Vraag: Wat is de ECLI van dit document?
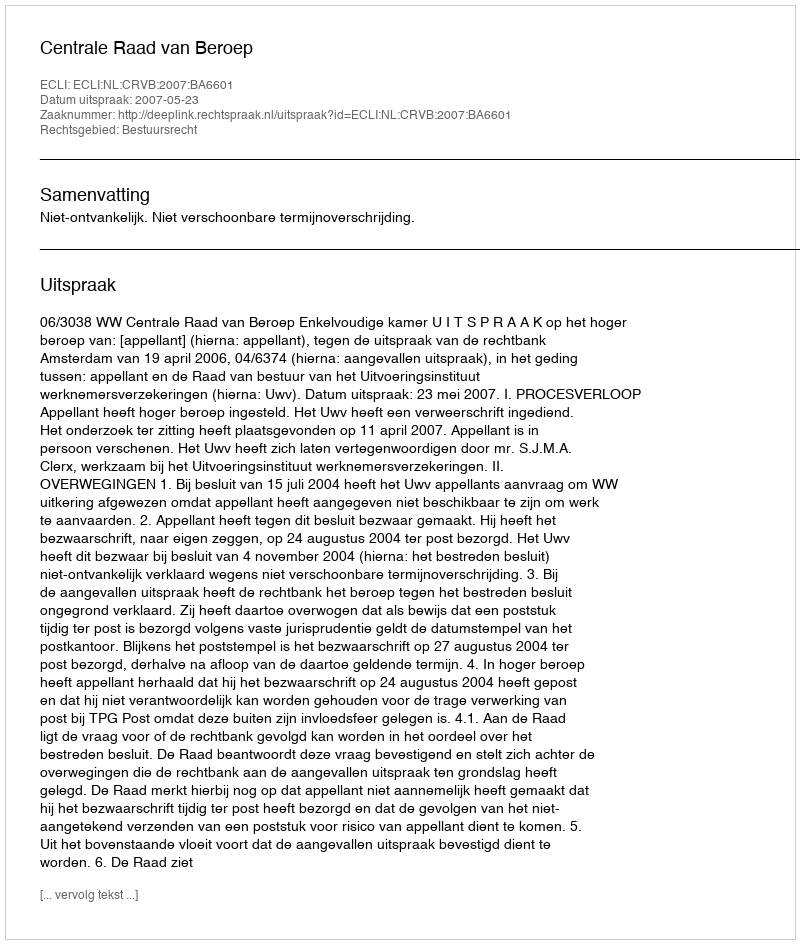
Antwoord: ECLI:NL:CRVB:2007:BA6601